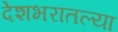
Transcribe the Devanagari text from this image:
देशभरातल्या